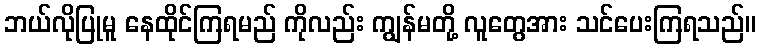
ဘယ်လိုပြုမူ နေထိုင်ကြရမည် ကိုလည်း ကျွန်မတို့ လူတွေအား သင်ပေးကြရသည်။